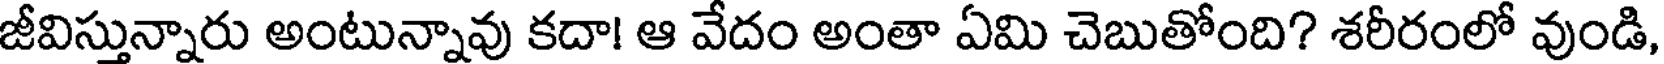
జీవిస్తున్నారు అంటున్నావు కదా! ఆ వేదం అంతా ఏమి చెబుతోంది? శరీరంలో వుండి